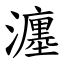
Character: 瀍